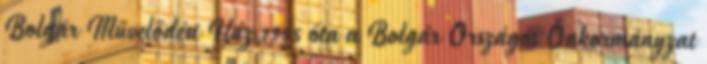
Bolgár Művelődési Ház 1995 óta a Bolgár Országos Önkormányzat